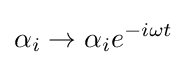
\alpha _{i}\rightarrow \alpha _{i}e^{-i\omega t}